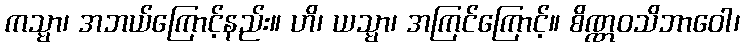
ကသ္မာ၊ အဘယ်ကြောင့်နည်း။ ဟိ၊ ယသ္မာ၊ အကြင်ကြောင့်။ စိဏ္ဏဝသိဘာဝေါ၊